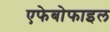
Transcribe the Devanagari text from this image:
एफेबोफाइल